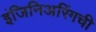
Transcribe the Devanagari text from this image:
इंजिनिअरिंगची